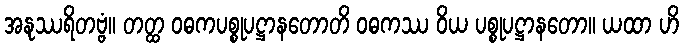
အနုဿရိတဗ္ဗံ။ တတ္ထ ဝဓကပစ္စုပဋ္ဌာနတောတိ ဝဓကဿ ဝိယ ပစ္စုပဋ္ဌာနတော။ ယထာ ဟိ